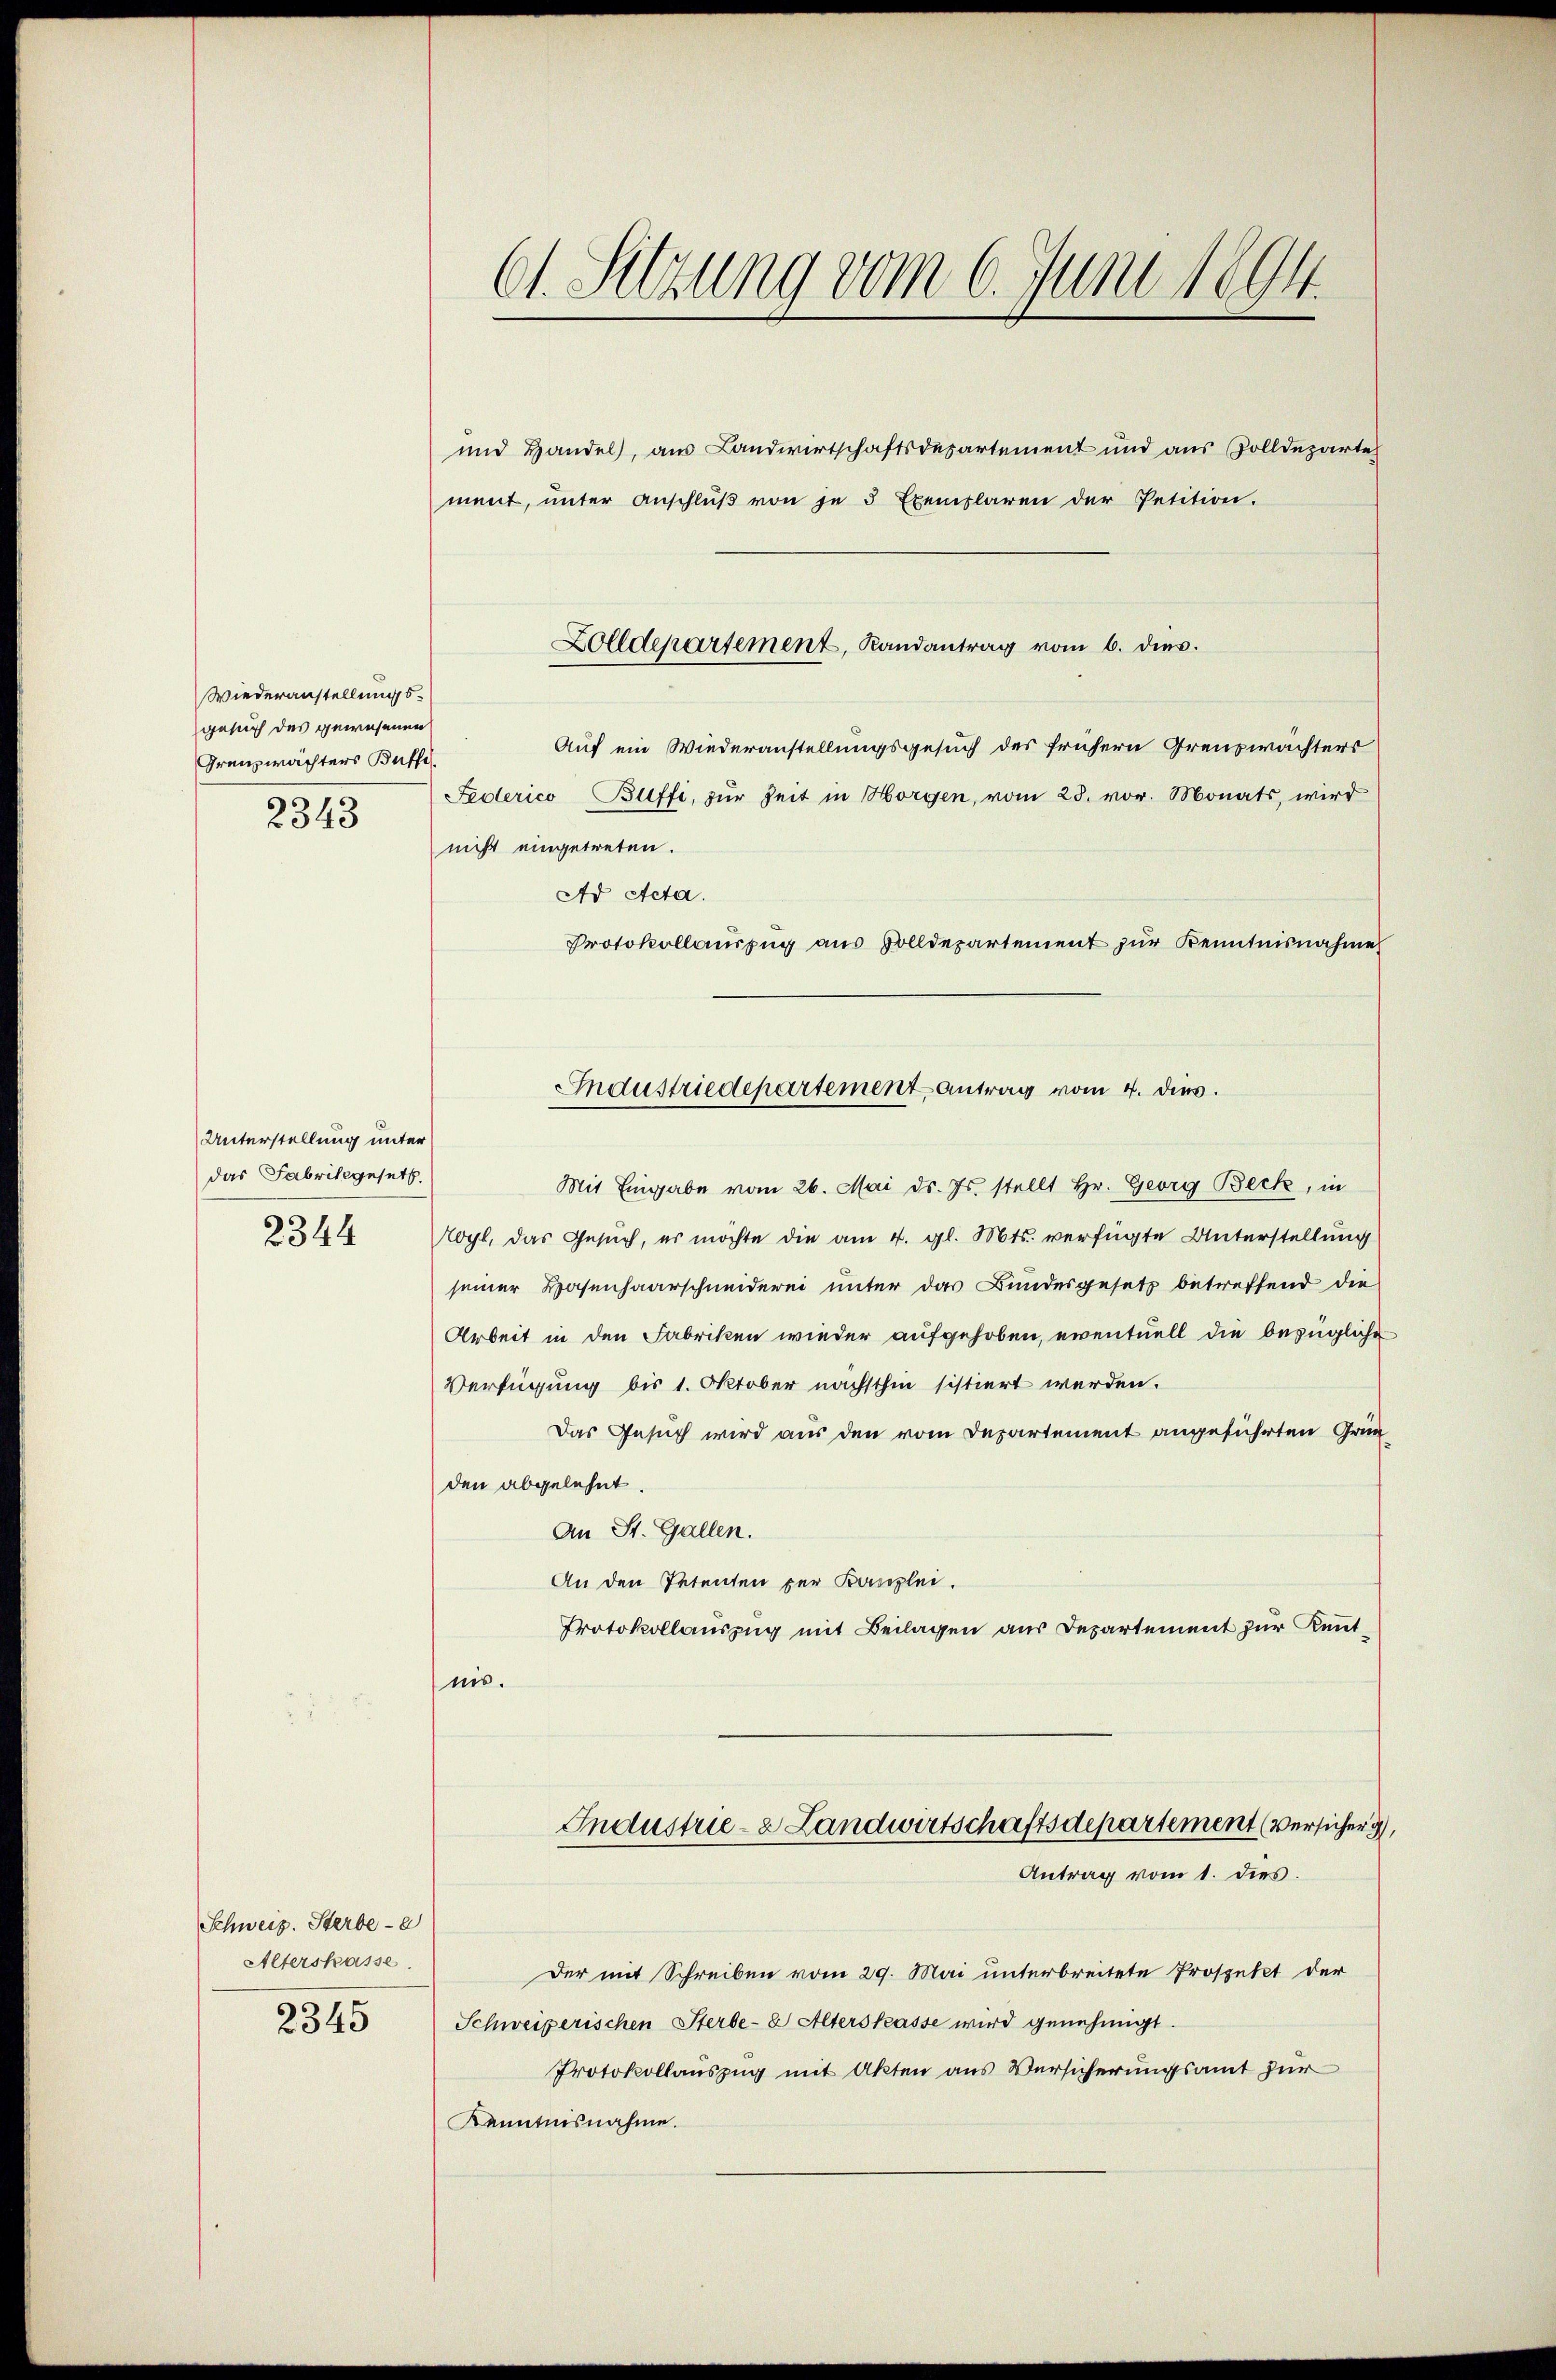
Wiederanstellungsgesuch des gewesenen
Grenzwächters Buffe
2343

Unterstellung unter
das Fabrikgesetz
2344

Schweiz. Sterbe-
Alterskasse.
2345

und Handel, aus Landwirtschaftsdepartement und aus Zolldeparte
ment, ŭnter Anschlŭβ von je 3 Exemplaren der Petition.
Auf ein Wiederanstellungsgesuch des frühern Greuswächters
Fedlerico Büffi, zur Zeit in Horgen, vom 28. vor. Monats, wird
nicht eingetreten.
Ad Acta.
Protokollauszug aus Solldepartement zur Kenntnisnahme
Industriedepartement Antrag vom 4. dies.
Mit Eingabe vom 26. Mai d. Js. stellt Hr. Georg Beck, in
ogt, das Gesuch, es möchte die am 4. gl. Mts. verfügte Unterstellung
seiner Hasenhaarschneiderei unter das Bundesgesetz betreffend die
Arbeit in den Fabriken wieder aufgehoben, eventuell die bezügliche
Verfügung bis 1. Oktober nächsthin sistiert werden.
Das Gesuch wird aus den vom Departement angeführten Grün
den abgelehnt
An St. Gallen.
An den Petenten per Kanzlei.
Protokollauszug mit Beilagen aus Departement zur Kenntnis.

Ct. Sitzung vom 6. Juni 1894.

Zolldepartement, Randantrag vom 6. dies.

Der mit Schreiben vom 29. Mai unterbreitete Prospekt der
Schweizerischen Sterbe-8 Alterskasse wird genehmigt.
Protokollauszug mit Akten aus Versicherungsamt für
Kenntnisnahme.

Industrie- & Landwirtschaftsdepartement (versicher d
Antrag vom 1. dies.